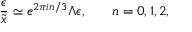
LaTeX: \frac { \epsilon } { \tilde { x } } \simeq e ^ { 2 \pi i n / 3 } \Lambda \epsilon , \: \: \: \: \: \: \: \: n = 0 , 1 , 2 ,